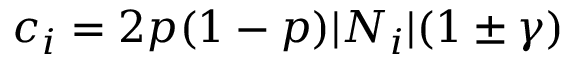
c _ { i } = 2 p ( 1 - p ) | N _ { i } | ( 1 \pm \gamma )